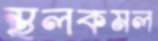
স্থলকমল